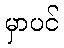
မှာပင်